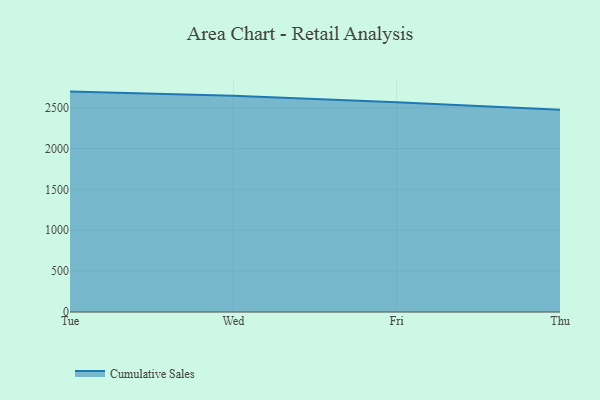
{"axis": {"x": "Day", "y": "Net Income (USD K)"}, "legend": ["Cumulative Sales"], "data": [{"x": "Tue", "y": 2697.1, "type": "Cumulative Sales"}, {"x": "Wed", "y": 2645.6, "type": "Cumulative Sales"}, {"x": "Fri", "y": 2568.3, "type": "Cumulative Sales"}, {"x": "Thu", "y": 2476.4, "type": "Cumulative Sales"}]}